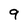
Character: 9